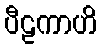
ပီဠကာဟိ